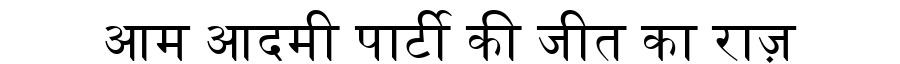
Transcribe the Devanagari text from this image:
आम आदमी पार्टी की जीत का राज़